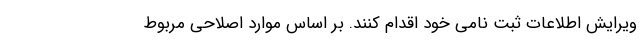
ویرایش اطلاعات ثبت نامی خود اقدام کنند. بر اساس موارد اصلاحی مربوط